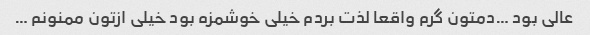
عالی بود …دمتون گرم واقعا لذت بردم خیلی خوشمزه بود خیلی ازتون ممنونم …